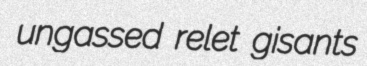
ungassed relet gisants